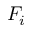
F _ { i }